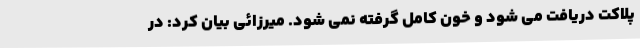
پلاکت دریافت می شود و خون کامل گرفته نمی شود. میرزائی بیان کرد: در